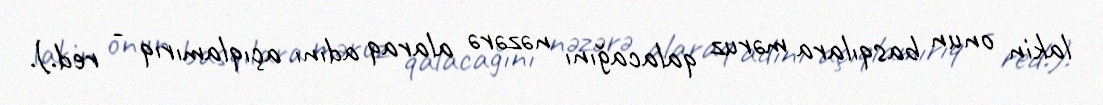
lakin onun basqılara məruz qalacağını nəzərə alaraq adını açıqlamırıq - red.).